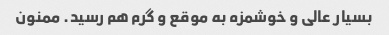
بسیار عالی و خوشمزه به موقع و گرم هم رسید. ممنون